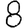
Digit: 8